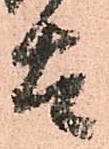
太